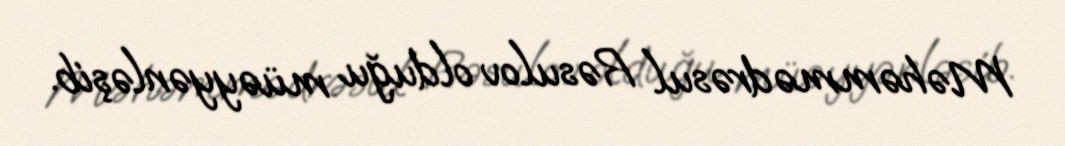
Məhəmmədrəsul Rəsulov olduğu müəyyənləşib.